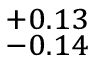
^ { + 0 . 1 3 } _ { - 0 . 1 4 }